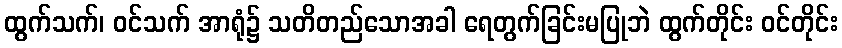
ထွက်သက်၊ ဝင်သက် အာရုံ၌ သတိတည်သောအခါ ရေတွက်ခြင်းမပြုဘဲ ထွက်တိုင်း ဝင်တိုင်း